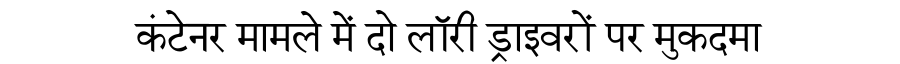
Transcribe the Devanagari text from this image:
कंटेनर मामले में दो लॉरी ड्राइवरों पर मुकदमा